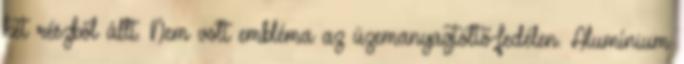
két részből állt. Nem volt embléma az üzemanyagtöltő-fedélen. Alumínium